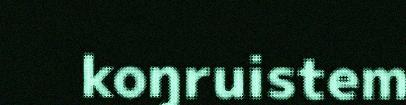
koŋruistem